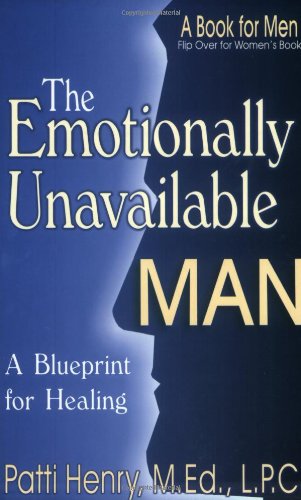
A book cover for The Emotionally Unavailable Man: A Blueprint for Healing; Patti Henry; Self-Help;